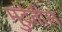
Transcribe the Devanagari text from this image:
मुद्रेतील